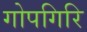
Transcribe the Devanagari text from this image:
गोपगिरि